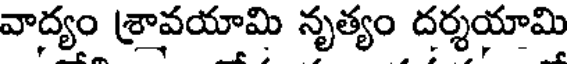
వాద్యం శ్రావయామి నృత్యం దర్శయామి